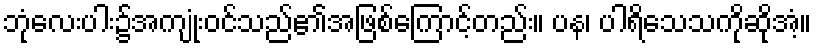
ဘုံလေးပါး၌အကျုံးဝင်သည်၏အဖြစ်ကြောင့်တည်း။ ပန၊ ပါရိသေသကိုဆိုအံ့။